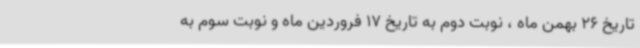
تاریخ 26 بهمن ماه ، نوبت دوم به تاریخ 17 فروردین ماه و نوبت سوم به